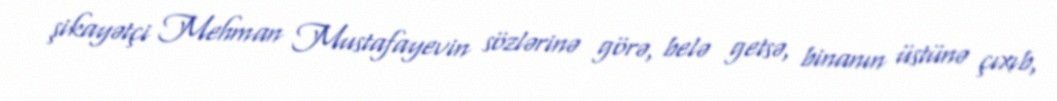
şikayətçi Mehman Mustafayevin sözlərinə görə, belə getsə, binanın üstünə çıxıb,